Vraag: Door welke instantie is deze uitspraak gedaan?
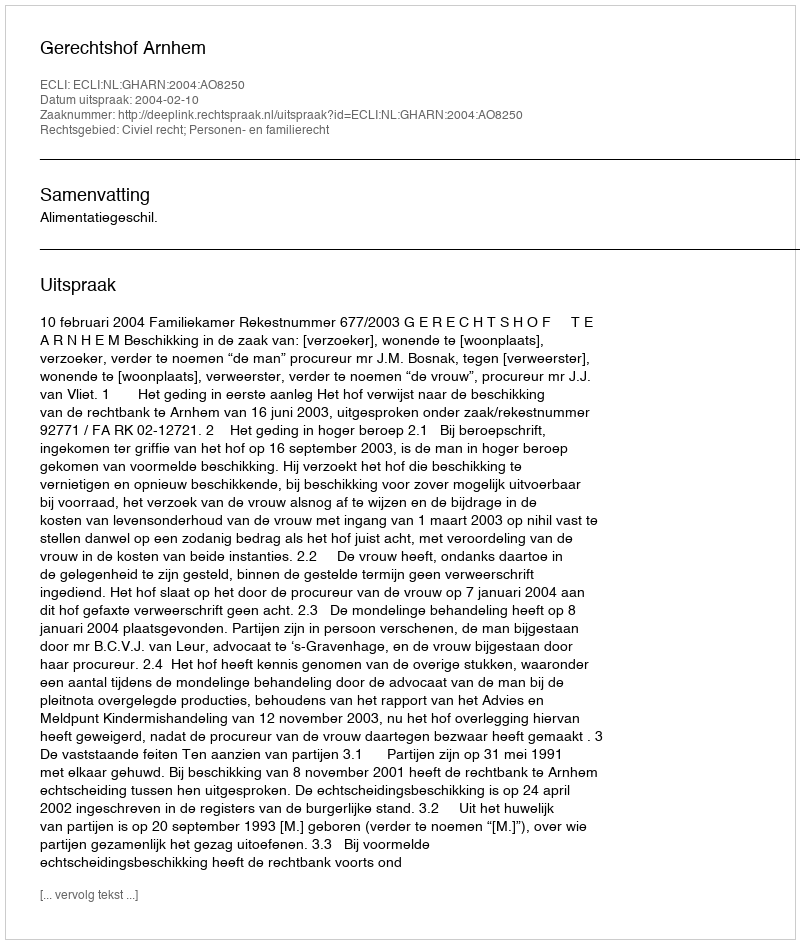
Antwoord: Gerechtshof Arnhem